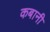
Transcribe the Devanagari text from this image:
कबानी